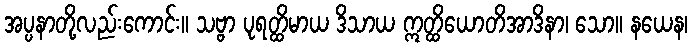
အပ္ပနာတို့လည်းကောင်း။ သဗ္ဗာ ပုရတ္ထိမာယ ဒိသာယ ဣတ္ထိယောတိအာဒိနာ၊ သော။ နယေန၊